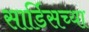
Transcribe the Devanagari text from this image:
सार्डिसच्या